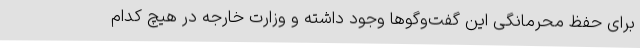
برای حفظ محرمانگی این گفت‌وگوها وجود داشته و وزارت خارجه در هیچ کدام